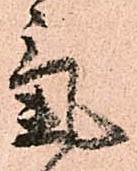
氣